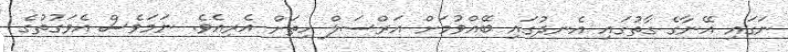
ނަގައި އޭނާގެ ގާތުގައި އެނދުގައި ބޭއްވުމަށް އަރްސަލް ހިތަށް އެރިއެވެ. ނަމަވެސް އެވަގުތުގެ